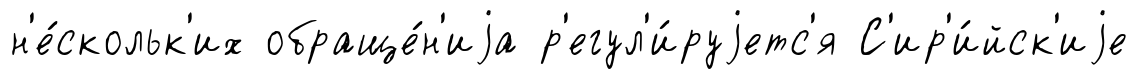
н'е́скольк'их обраще́н'иjа р'егул'и́руjетс'я С'ир'и́йск'иjе